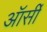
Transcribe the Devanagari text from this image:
ऑर्सी